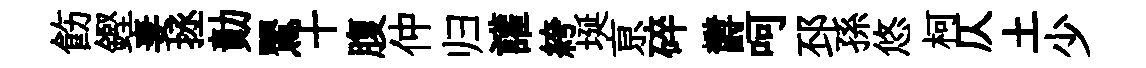
飭鏗妻拯勣鸎十腹仲归讙絝埏亰碎欝呵邳孫悠柯仄土少